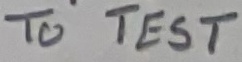
Text: TO TEST